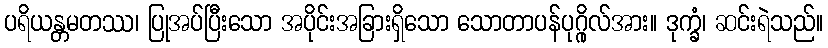
ပရိယန္တမတဿ၊ ပြုအပ်ပြီးသော အပိုင်းအခြားရှိသော သောတာပန်ပုဂ္ဂိုလ်အား။ ဒုက္ခံ၊ ဆင်းရဲသည်။